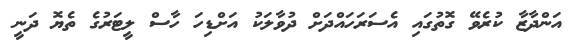
އަންދާޒާ ކުރެވޭ ގޮތުގައި އެސަރަހައްދަށް ދުވާލަކު އަށްޑިހަ ހާސް ލީޓަރުގެ ތެޔޮ ދަނީ